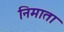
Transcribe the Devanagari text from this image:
निमाता